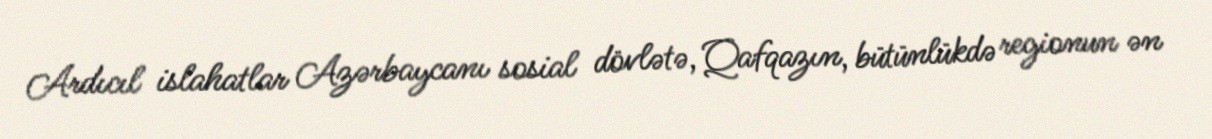
Ardıcıl islahatlar Azərbaycanı sosial dövlətə, Qafqazın, bütünlükdə regionun ən